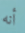
أنه